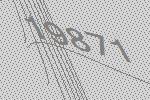
19871